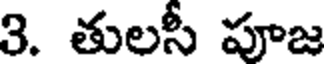
3. తులసీ పూజ